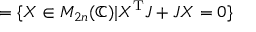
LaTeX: = \{ X \in M _ { 2 n } ( \mathbb { C } ) | X ^ { \mathrm { T } } J + J X = 0 \}